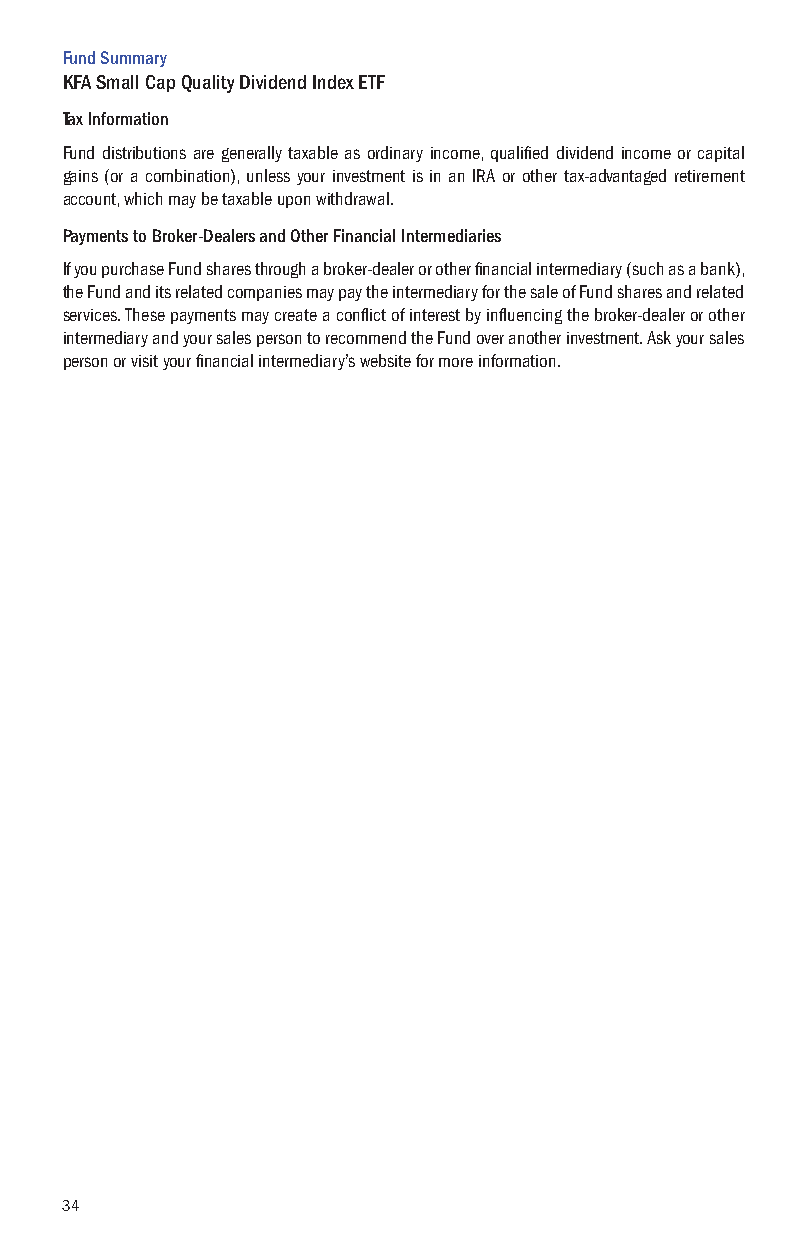
Fund Summary
 KFA Small Cap Quality Dividend Index ETF
 Tax Information
 Fund distributions are generally taxable as ordinary income, qualified dividend income or capital
 gains (or a combination), unless your investment is in an IRA or other tax-advantaged retirement
 account, which may be taxable upon withdrawal.
 Payments to Broker-Dealers and Other Financial Intermediaries
 If you purchase Fund shares through a broker-dealer or other financial intermediary (such as a bank),
 the Fund and its related companies may pay the intermediary for the sale of Fund shares and related
 services. These payments may create a conflict of interest by influencing the broker-dealer or other
 intermediary and your sales person to recommend the Fund over another investment. Ask your sales
 person or visit your financial intermediary’s website for more information.
 34